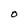
Character: O